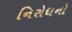
નિરોધનો